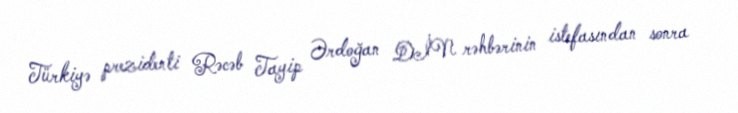
Türkiyə prezidenti Rəcəb Tayip Ərdoğan DİN rəhbərinin istefasından sonra